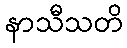
နာသီသတိ